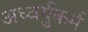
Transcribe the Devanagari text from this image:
अध्वर्युकर्म